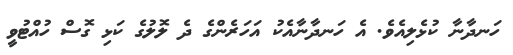
ހަނދާނާ ކުޅެލިއެވެ. އެ ހަނދާނާއެކު އަހަރެންގެ ދެ ލޮލުގެ ކަޅި ގޮސް ހުއްޓުވީ